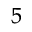
^ { 5 }